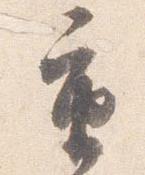
重